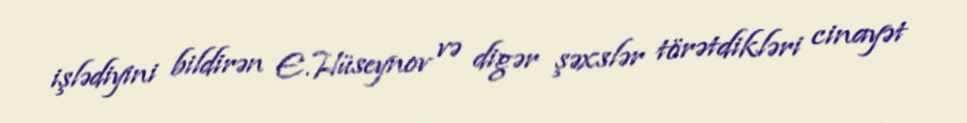
işlədiyini bildirən E.Hüseynov və digər şəxslər törətdikləri cinayət